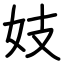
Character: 妓